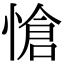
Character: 愴